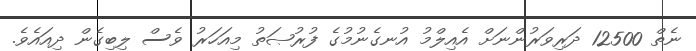
ނެތް 12500 ދަރިވަރުންނަށް އެއިލްމު އުނގެނުމުގެ ފުރުޞަތު މިއަހަރު ވެސް ލިބިގެން ދިއައެވެ.